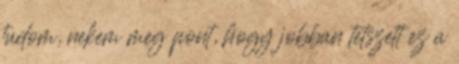
tudom, nekem meg pont, hogy jobban tetszett ez a